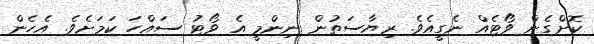
ކޮށްގެން ވޯޓެއް ނެގީއެވެ. ރިޔާސަތުން ނިންމީ އެ ވޯޓު ސައްހަ ކަމަށެވެ. އެހެން